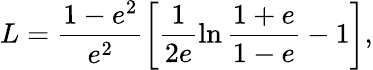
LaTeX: L=\frac{1-e^{2}}{e^{2}}\left[\frac{1}{2e}\ln\frac{1+e}{1-e}-1\right],